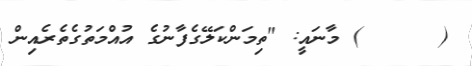
(      ) މާނައީ: "ތިމަންކަލޭގެފާނުގެ އުއްމަތުގެތެރެއިން